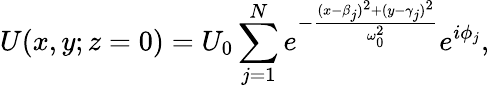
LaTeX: U(x,y;z=0)=U_{0}\sum_{j=1}^{N}e^{-\frac{(x-\beta_{j})^{2}+(y-\gamma_{j})^{2}}{\omega_{0}^{2}}}e^{i\phi_{j}},